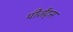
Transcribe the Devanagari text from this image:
पीजेंट्स